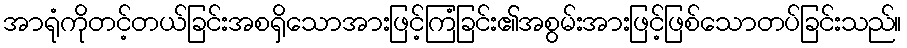
အာရုံကိုတင့်တယ်ခြင်းအစရှိသောအားဖြင့်ကြံခြင်း၏အစွမ်းအားဖြင့်ဖြစ်သောတပ်ခြင်းသည်။